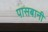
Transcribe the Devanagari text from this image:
पासबानी